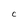
Character: C